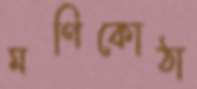
মণিকোঠা